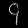
Digit: ၄